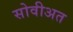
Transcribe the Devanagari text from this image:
सोवीअत